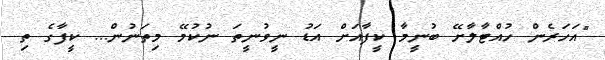
"އަހަރެން ހުއްޓާލާށޭ ބުނީމާ ކީފާއަށް އަޑު ނީވުނީތަ ނުކުމޭ މިތަނުން... ކީފާގެ ތި